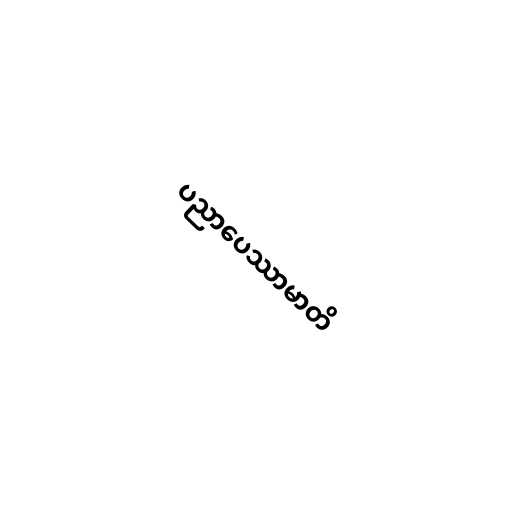
ပညာပေဿာမာတိ